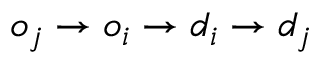
o _ { j } \rightarrow o _ { i } \rightarrow d _ { i } \rightarrow d _ { j }